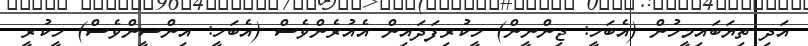
އަދި ތިޔަބައިމީހުން (އެބަހީ: ޖިންނީން) ހީކުރިފަދައިން އެއުރެންވެސް (އެބަހީ: އިންސީންވެސް) ހީކުރީ